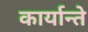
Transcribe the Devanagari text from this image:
कार्यान्ते